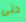
حتى